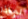
لماذا